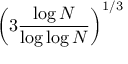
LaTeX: \left( 3 { \frac { \log N } { \log \log N } } \right) ^ { 1 / 3 }